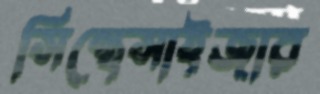
সিন্থেসাইজার